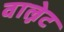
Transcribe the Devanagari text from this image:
वाल्नेट